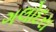
ગલોદરા